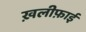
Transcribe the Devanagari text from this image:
ख़लीफ़ाई